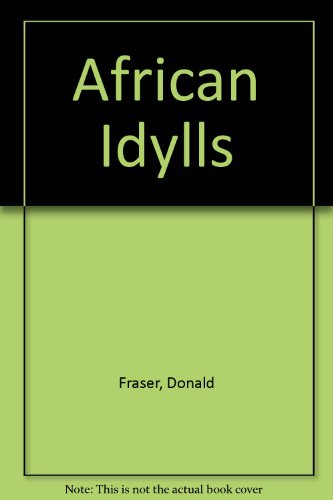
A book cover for African Idylls; Donald Fraser; Travel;